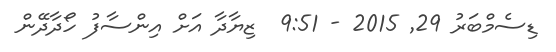
ޑިސެމްބަރު 29